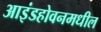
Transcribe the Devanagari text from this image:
आइंडहोवनमधील